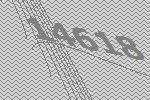
14618